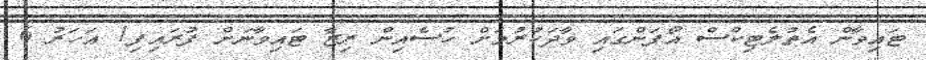
ޓައިވާން އެތުލެޓިކްސް އޯޕަންގައި ވާދަކުރުމަށް ހުސެއިން ރިޒާ ޓައިވާނަށް ފުރައިފި1 އަހަރު 6